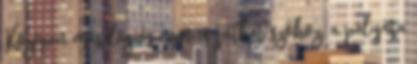
Középen más légiós nem is juthat szóhoz, a pályára